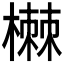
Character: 𰘥